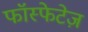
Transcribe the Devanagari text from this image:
फॉस्फेटेज़